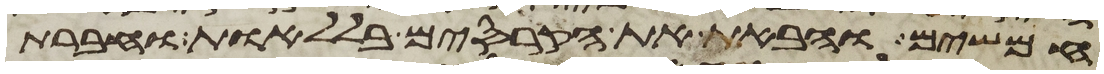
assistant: חמשים והבאת את הקרסים בללאות וחברת